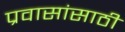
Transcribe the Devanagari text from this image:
प्रवासांसाठी